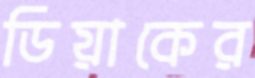
ডিয়াকের